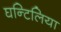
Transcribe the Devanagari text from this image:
घन्टिलिया